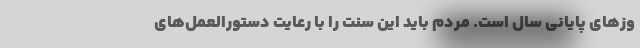
وز‌های پایانی سال است. مردم باید این سنت را با رعایت دستورالعمل‌های